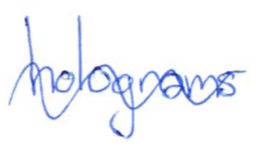
Text: holograms
Cross-out: wave
Writing tool: ballpoint